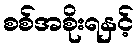
စစ်အစိုးရနှင့်